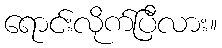
ရောင်းလိုက်ပြီလား။